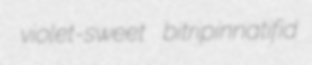
violet-sweet bitripinnatifid